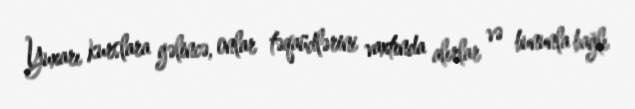
Yuxarı kurslara gəlincə, onlar təqaüdlərini vaxtında alırlar və bununla bağlı